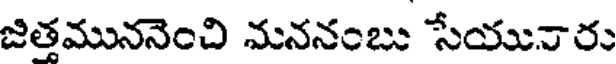
జిత్తముననెంచి మననంబు సేయునారు